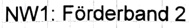
Text: NW1: Förderband 2